Civil Veterinary Department Bihar & Orissa reports 1911-21 - 1911-1921
Year: 1911
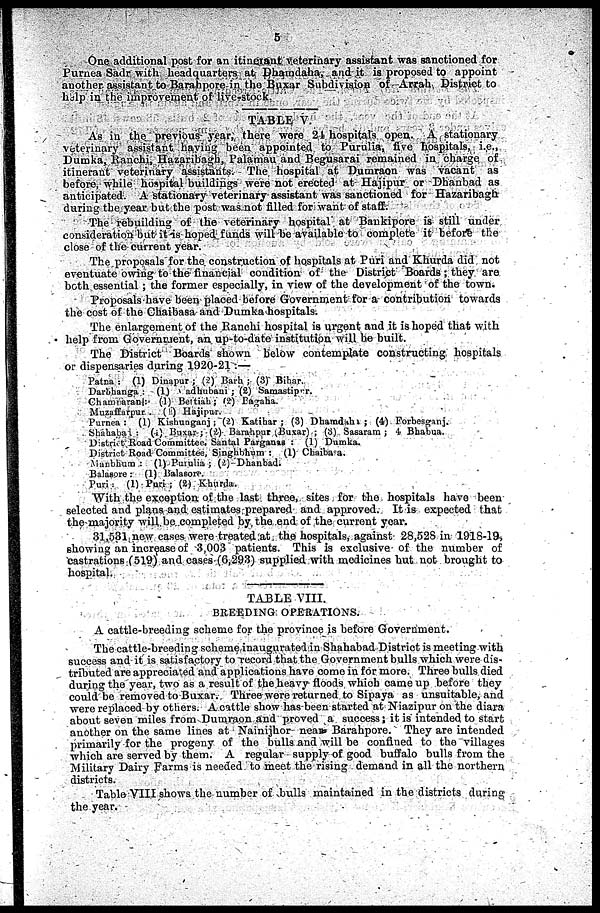
5
One additional post for an itinerant veterinary assistant was sanctioned for
Purnea Sadr with headquarters at Dhamdaha, and it is proposed to appoint
another assistant to Barahpore in the Buxar Subdivision of Arrah District to
help in the improvement of live-stock.
TABLE V.
As in the previous year, there were 21 hospitals open. A stationary
Veterinary assistant having been appointed to Purulia, five hospitals, i.e.,
Dumka, Ranchi, Hazaribagh, Palamau and Begusarai remained in charge of
itinerant veterinary assistants. The hospital at Dumraon was vacant as
before, while hospital buildings were not erected at Hajipur or Dhanbad as
anticipated. A stationary veterinary assistant was sanctioned for Hazaribagh
during the year but the post was not filled for want of staff.
The rebuilding of the veterinary hospital at Bankipore is still under
consideration but it is hoped funds will be available to complete it before the
close of the current year.
The proposals for the construction of hospitals at Puri and Khurda did not
eventuate owing to the financial condition of the District Boards; they are
both essential ; the former especially, in view of the development of the town.
Proposals have been placed before Government for a contribution towards
the cost of the Chaibasa and Dumka hospitals.
The enlargement of the Ranchi hospital is urgent and it is hoped that with
help from Government, an up-to-date institution will be built.
The District Boards shown below contemplate constructing hospitals
or dispensaries during 1920-21 :—
Patna : (1) Dinapur ; (2) Barh ; (3) Bihar.
Darbbanga : (1)
adbubani ; (2) Samastipur.
Chamraraol:- (1) Beitiah; (2) Pagaha.
Muzaffurpur . (1) Hajipur.
Purnea : (1) Kishanganj ; (2) Katibar ; (3) Dhamdahi; (4) Forbesganj.
Shahabad : (1) Buxar-; (2) Barahpur Buxar) ; (3) Sasaram ; 4 Bhabua.
District Road Committee. Santal Parganas : (1) Dumka.
District Road Committee, Singhbhum : (1) Chaibaa.
Nianbhum : (1) Purulia ; (2) Dhanbad.
Balasore : (1) Balasore.
Puri : (1) Puri ; (2) Khurda.
With the exception of the last three, sites for the hospitals have been
selected and plans and estimates prepared and approved. It is expected that
the majority will be completed by. the end of the current year.
31,531 new cases were treated at the hospitals, against 28,528 in 1918-19,
showing an increase of 3,003 patients. This is exclusive of the number of
castrations (519) and cases (6,293) supplied with medicines but not brought to
hospital.
TABLE VIII.
BREEDING OPERATIONS.
A cattle-breeding scheme for the province is before Government.
The cattle-breeding scheme inaugurated in Shahabad District is meeting with
success and it is satisfactory to record that the Government bulls which were dis-
tributed are appreciated and applications have come in for more. Three bulls died
during the year, two as a result of the heavy floods which came up before they
could be removed to Buxar. Three were returned to Sipaya as unsuitable, and
were replaced by others. A cattle show has been started at Niazipur on the diara
about seven miles from Dumraon and proved a success; it is intended to start
another on the same lines at Nainijhor nea Barahpore. They are intended
primarily for the progeny of the bulls and will be confined to the villages
which are served by them. A regular supply of good buffalo bulls from the
Military Dairy Farms is needed to meet the rising demand in all the northern
districts.
Table VIII shows the number of bulls maintained in the districts during
the year.